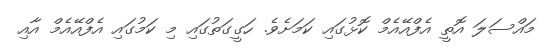
މައްސަލަ އޮތީ އެފްއޭއެމް ކޮޅުގައި ކަމަށެވެ. ހަގީގަތުގައި މި ކަމުގައި އެފްއޭއެމް އާއި